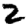
Digit: 2